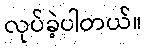
လုပ်ခဲ့ပါတယ်။